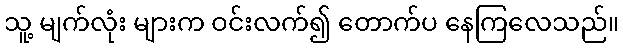
သူ့ မျက်လုံး များက ဝင်းလက်၍ တောက်ပ နေကြလေသည်။